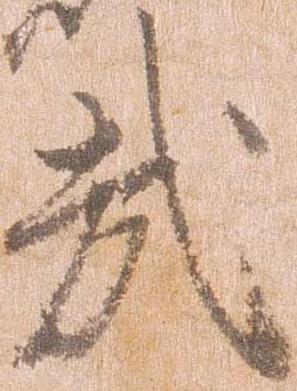
哉